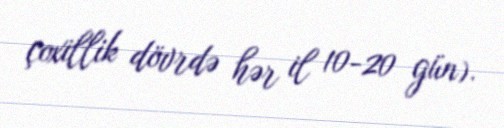
çoxillik dövrdə hər il 10-20 gün).